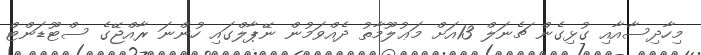
މިހާދިސާއާއި ގުޅިގެން ޗެނަލް 13އަށް މަޢުލޫމާތު ދެއްވަމުން ނޭޕާލްގައި ހުންނަ ރާއްޖޭގެ ސްޓޫޑަންޓް